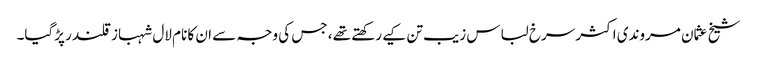
شیخ عثمان مروندی اکثر سرخ لباس زیب تن کیے رکھتے تھے ، جس کی وجہ سے ان کا نام لال شہباز قلندر پڑگیا۔